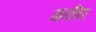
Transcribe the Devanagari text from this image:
मानचिरा